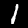
Label: 1